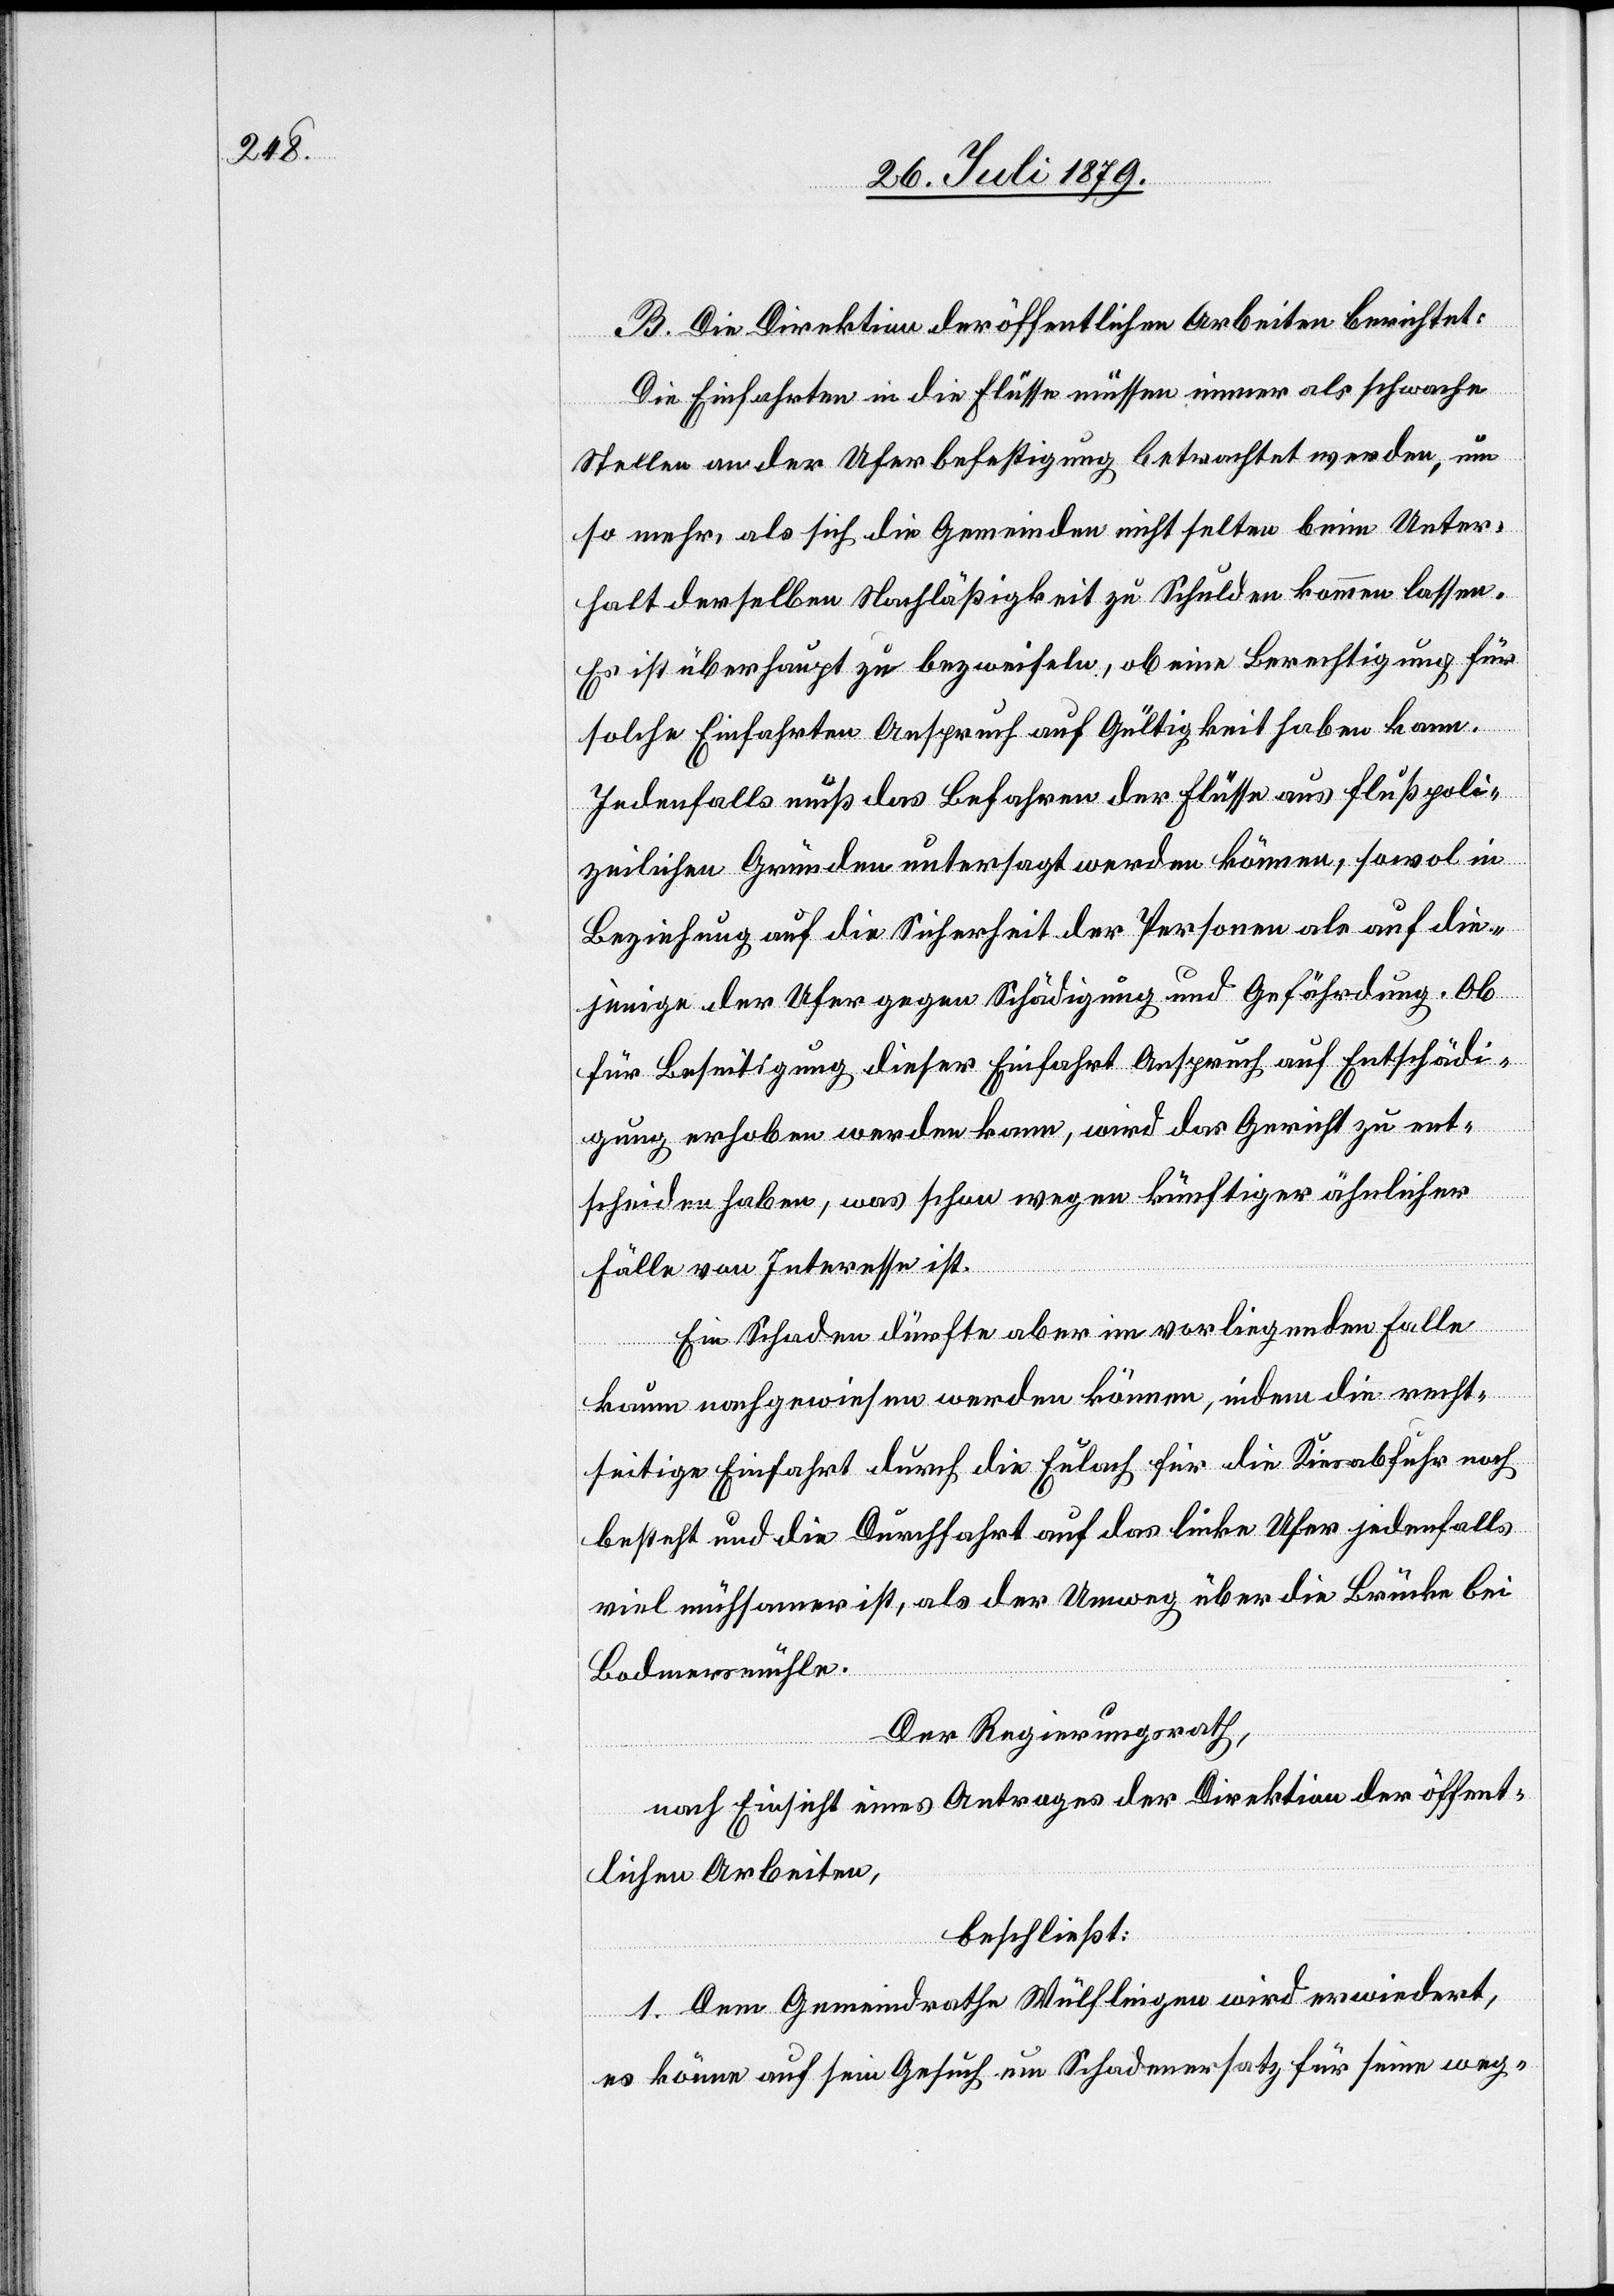
B. Die Direktion der öffentlichen Arbeiten berichtet:
Die Einfahrten in die Flüsse müssen immer als schwache
Stellen an der Uferbefestigung betrachtet werden, um
so mehr, als sich die Gemeinden nicht selten beim Unter¬
halt derselben Nachlässigkeit zu Schulden kommen lassen.
Es ist überhaupt zu bezweifeln, ob eine Berechtigung für
solche Einfahrten Anspruch auf Gültigkeit haben kann.
Jedenfalls muß das Befahren der Flüsse aus flußpoli¬
zeilichen Gründen untersagt werden können, sowol in
Beziehung auf die Sicherheit der Personen als auf die¬
jenige der Ufer gegen Schädigung und Gefährdung. Ob
für Beseitigung dieser Einfahrt Anspruch auf Entschädi¬
gung erhoben werden kann, wird das Gericht zu ent¬
scheiden haben, was schon wegen künftiger ähnlicher
Fälle von Interesse ist.
Ein Schaden dürfte aber im vorliegenden Falle
kaum nachgewiesen werden können, indem die recht¬
seitige Einfahrt durch die Eulach für die Kiesabfuhr noch
besteht und die Durchfahrt auf das linke Ufer jedenfalls
viel mühsamer ist, als der Umweg über die Brücke bei
Bodmersmühle.
Der Regierungsrath,
nach Einsicht eines Antrages der Direktion der öffent¬
lichen Arbeiten,
beschließt:
1. Dem Gemeindrathe Wülflingen wird erwiedert,
es könne auf sein Gesuch um Schadenersatz für seine weg-